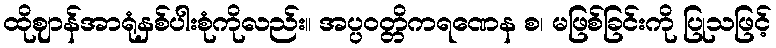
ထိုဈာန်အာရုံနှစ်ပါးစုံကိုလည်း။ အပ္ပဝတ္တိကရဏေန စ၊ မဖြစ်ခြင်းကို ပြုသဖြင့်